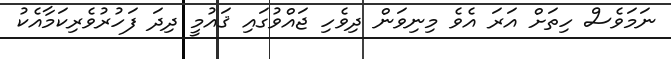
ނަމަވެސް ހިތަށް އަރަ އެވެ މިނިވަން ދިވެހި ޖައްވުގައި ޤައުމީ ދިދަ ފަހުރުވެރިކަމާއެކު